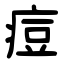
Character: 痘